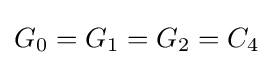
G_{0}=G_{1}=G_{2}=C_{4}